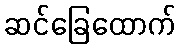
ဆင်ခြေထောက်